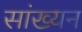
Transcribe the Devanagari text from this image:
सांख्यन